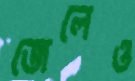
জেলেও